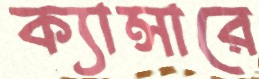
ক্যান্সারে